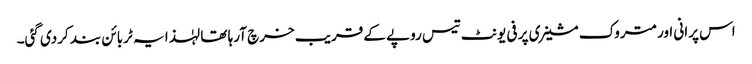
اس پرانی اور متروک مشینری پر فی یونٹ تیس روپے کے قریب خرچ آرہا تھا لہٰذا یہ ٹربائن بند کردی گئی۔